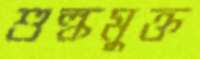
শুল্কমুক্ত